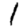
Digit: 1